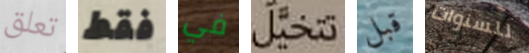
تعلق فقط في تتخيل قبل للسنوات